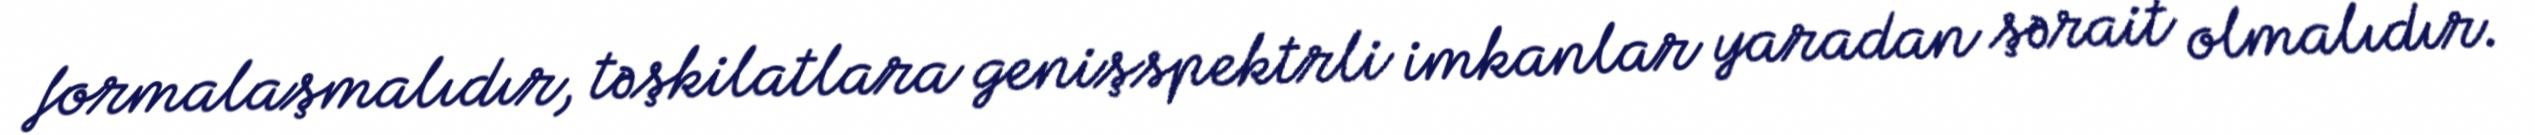
formalaşmalıdır, təşkilatlara genişspektrli imkanlar yaradan şərait olmalıdır.